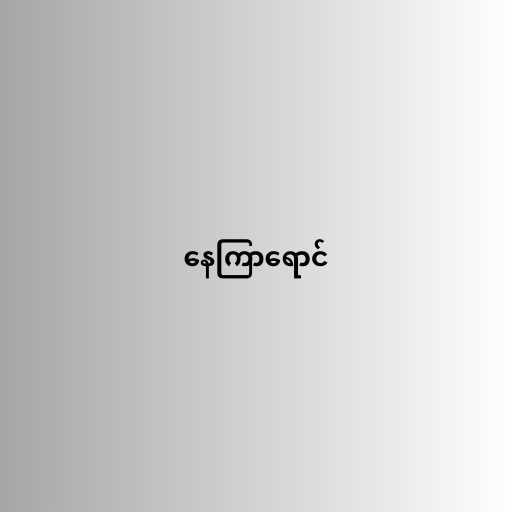
နေကြာရောင်